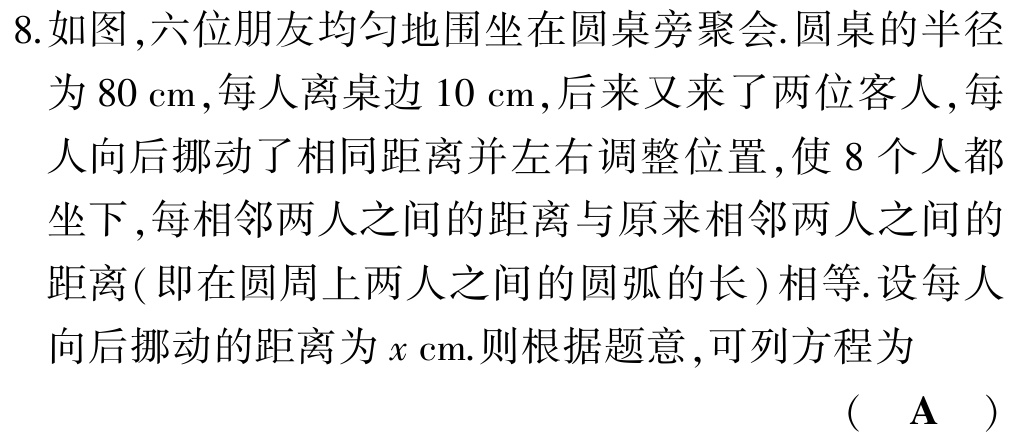
8.如图,六位朋友均匀地围坐在圆桌旁聚会.圆桌的半径为80 cm,每人离桌边10 cm,后来又来了两位客人,每人向后挪动了相同距离并左右调整位置,使8个人都坐下,每相邻两人之间的距离与原来相邻两人之间的距离(即在圆周上两人之间的圆弧的长)相等.设每人向后挪动的距离为\(x\)cm.则根据题意,可列方程为

( A )